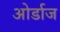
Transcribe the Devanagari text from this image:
ओर्डाज